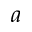
a